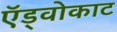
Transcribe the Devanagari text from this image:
ऍड्वोकाट